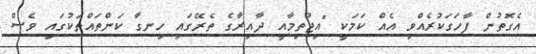
އެގޮތުން ފާހަގަކުރެއްވި އެއް ކަމަކީ "އިޖުތިމާއީ ދާއިރާގެ ތެރޭގައި ހިނގާ ކަންތައްތަކުގައި ވެސް